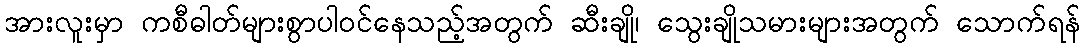
အားလူးမှာ ကစီဓါတ်များစွာပါဝင်နေသည့်အတွက် ဆီးချို၊ သွေးချိုသမားများအတွက် သောက်ရန်